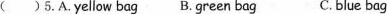
( ) 5.A.Yellow bag B. Green bag C. blue bag